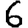
Digit: 6